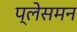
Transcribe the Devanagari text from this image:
प्लेसमन